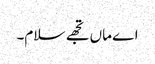
اے ماں تجھے سلام۔